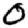
Digit: 0